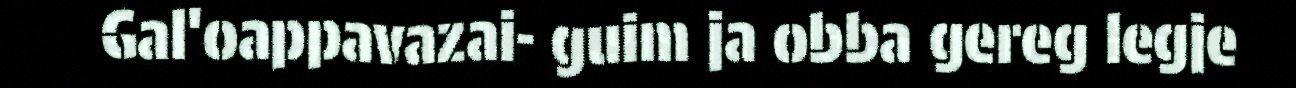
Gal'oappavazai- guim ja obba gereg legje